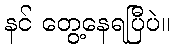
နင် တွေ့နေရပြီပဲ။